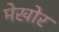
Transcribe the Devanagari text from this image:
मेखोर